Annual report on the working of the mental hospitals in the Madras Presidency - 1912-1932
Year: 1912
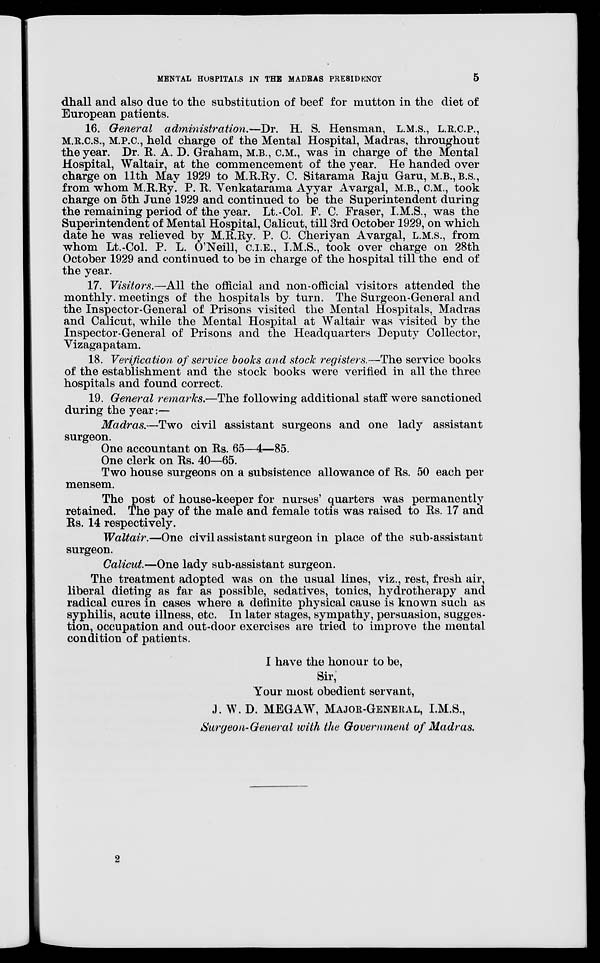
MENTAL HOSPITALS IN THE MADRAS PRESIDENCY
5
dhall and also due to the substitution of beef for mutton in the diet of
European patients.
16. General administration.—Dr. H. S. Hensman, L.M.S., L.R.C.P.,
M.R.C.S., M.P.C., held charge of the Mental Hospital, Madras, throughout
the year. Dr. R. A. D. Graham, M.B.,C.M., was in charge of the Mental
Hospital, Waltair, at the commencement of the year. He handed over
charge on 11th May 1929 to M.R.Ry. C. Sitarama Raju Garu, M.B., B.S.,
from whom M.R.Ry. P. R. Venkatarama Ayyar Avargal, M.B., C.M., took
charge on 5th June 1929 and continued to be the Superintendent during
the remaining period of the year. Lt.-Col. F. C. Fraser, I.M.S., was the
Superintendent of Mental Hospital, Calicut, till 3rd October 1929, on which
date he was relieved by M.R.Ry. P. C. Cheriyan Avargal, L.M.S., from
whom Lt.-Col. P. L. O'Neill, C.I.E., I.M.S., took over charge on 28th
October 1929 and continued to be in charge of the hospital till the end of
the year.
17. Visitors.—All the official and non-official visitors attended the
monthly meetings of the hospitals by turn. The Surgeon-General and
the Inspector-General of Prisons visited the Mental Hospitals, Madras
and Calicut, while the Mental Hospital at Waltair was visited by the
Inspector-General of Prisons and the Headquarters Deputy Collector,
Vizagapatam.
18. Verification of service books and stock registers.—The service books
of the establishment and the stock books were verified in all the three
hospitals and found correct.
19. General remarks.—The following additional staff were sanctioned
during the year :—
Madras.—Two civil assistant surgeons and one lady assistant
surgeon.
One accountant on Rs. 65—4—85.
One clerk on Rs. 40—65.
Two house surgeons on a subsistence allowance of Rs. 50 each per
mensem.
The post of house-keeper for nurses' quarters was permanently
retained. The pay of the male and female totis was raised to Rs. 17 and
Rs. 14 respectively.
Waltair.—One civil assistant surgeon in place of the sub-assistant
surgeon.
Calicut.—One lady sub-assistant surgeon.
The treatment adopted was on the usual lines, viz., rest, fresh air,
liberal dieting as far as possible, sedatives, tonics, hydrotherapy and
radical cures in cases where a definite physical cause is known such as
syphilis, acute illness, etc. In later stages, sympathy, persuasion, sugges-
tion, occupation and out-door exercises are tried to improve the mental
condition of patients.
I have the honour to be,
Sir,
Your most obedient servant,
J. W. D. MEGAW, MAJOR-GENERAL, I.M.S.,
Surgeon-General with the Government of Madras.
2